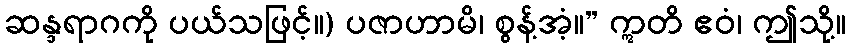
ဆန္ဒရာဂကို ပယ်သဖြင့်။) ပဇာဟာမိ၊ စွန့်အံ့။” ဣတိ ဧဝံ၊ ဤသို့။